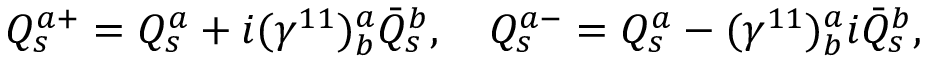
Q _ { s } ^ { a + } = Q _ { s } ^ { a } + i ( \gamma ^ { 1 1 } ) _ { b } ^ { a } \bar { Q } _ { s } ^ { b } , \quad Q _ { s } ^ { a - } = Q _ { s } ^ { a } - ( \gamma ^ { 1 1 } ) _ { b } ^ { a } i \bar { Q } _ { s } ^ { b } ,